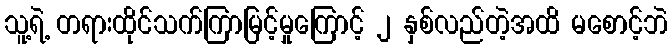
သူ့ရဲ့ တရားထိုင်သက်ကြာမြင့်မှုကြောင့် ၂ နှစ်လည်တဲ့အထိ မစောင့်ဘဲ